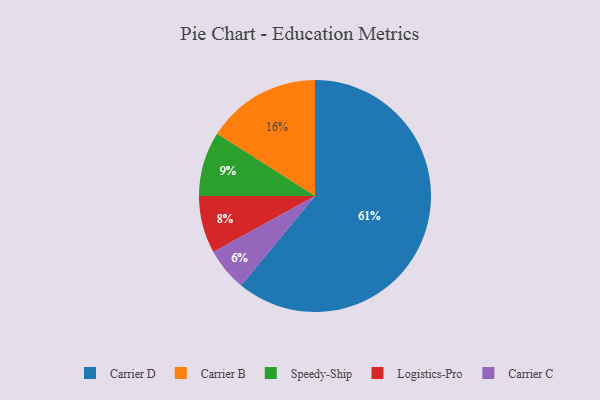
{"axis": {"x": "Category", "y": "Percentage"}, "legend": ["Carrier B", "Carrier C", "Carrier D", "Logistics-Pro", "Speedy-Ship"], "data": [{"x": "Carrier C", "y": 6, "type": "Carrier C"}, {"x": "Logistics-Pro", "y": 8, "type": "Logistics-Pro"}, {"x": "Carrier D", "y": 61, "type": "Carrier D"}, {"x": "Speedy-Ship", "y": 9, "type": "Speedy-Ship"}, {"x": "Carrier B", "y": 16, "type": "Carrier B"}]}